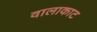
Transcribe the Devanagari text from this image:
वालाकाट